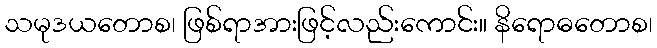
သမုဒယတောစ၊ ဖြစ်ရာအားဖြင့်လည်းကောင်း။ နိရောဓတောစ၊